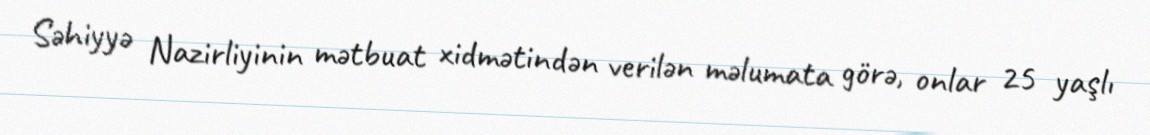
Səhiyyə Nazirliyinin mətbuat xidmətindən verilən məlumata görə, onlar 25 yaşlı